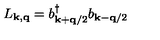
L _ { { \bf { k } } , { \bf { q } } } = b _ { { \bf { k } } + { \bf { q } } / 2 } ^ { \dagger } b _ { { \bf { k } } - { \bf { q } } / 2 }